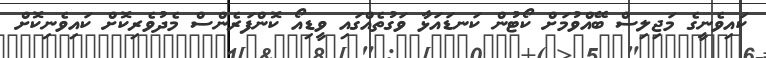
ކައިވެނީގެ މަޖިލިސް ބޭއްވުމަށް ކޯޓުން ކަނޑައަޅާ ވަގުތެއްގައި ވީޑިއޯ ކޮންފަރެންސް މެދުވެރިކޮށް ކައިވެނިކޮށް